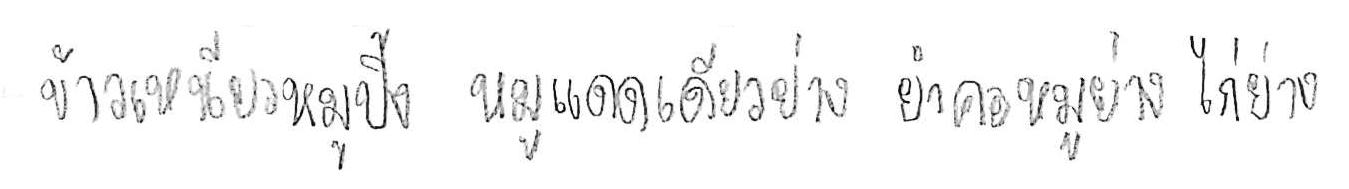
ข้าวเหนียวหมูปิ้ง หมูแดดเดียวย่าง ยำคอหมูย่าง ไก่ย่าง